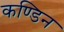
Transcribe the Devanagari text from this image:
कण्डिन